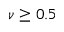
\nu \ge 0 . 5